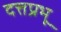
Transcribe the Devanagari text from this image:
दत्तप्रभू